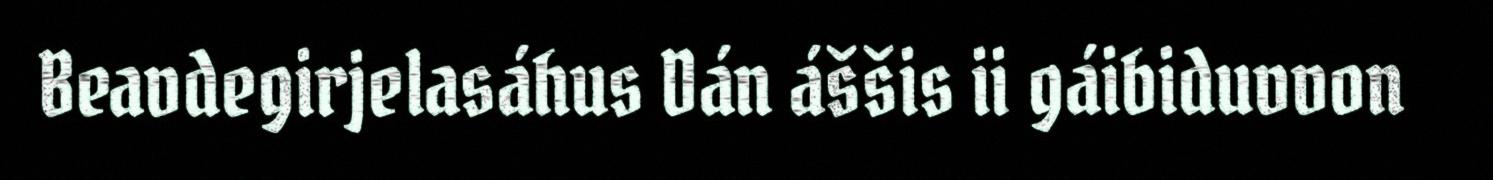
Beavdegirjelasáhus Dán áššis ii gáibiduvvon